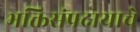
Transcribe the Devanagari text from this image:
भक्तिसंप्रदायाचे